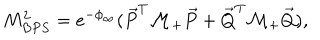
LaTeX: M _ { B P S } ^ { 2 } = e ^ { - \phi _ { \infty } } ( \vec { P } ^ { T } { \cal M } _ { + } \vec { P } + \vec { Q } ^ { T } { \cal M } _ { + } \vec { Q } ) ,